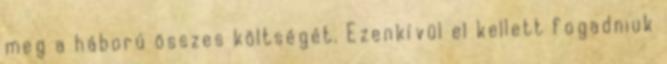
meg a háború összes költségét. Ezenkívül el kellett fogadniuk